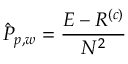
\hat { P } _ { p , w } = \frac { E - R ^ { ( c ) } } { N ^ { 2 } }